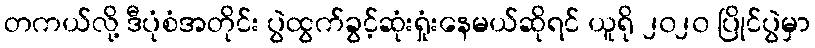
တကယ်လို့ ဒီပုံစံအတိုင်း ပွဲထွက်ခွင့်ဆုံးရှုံးနေမယ်ဆိုရင် ယူရို ၂၀၂၀ ပြိုင်ပွဲမှာ